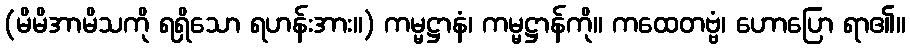
(မိမိအာမိသကို ရရှိသော ရဟန်းအား။) ကမ္မဋ္ဌာနံ၊ ကမ္မဋ္ဌာန်ကို။ ကထေတဗ္ဗံ၊ ဟောပြော ရာ၏။